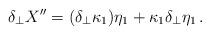
LaTeX: \begin{align*}\delta_\perp X'' = (\delta_\perp \kappa_1 ) \eta_1 + \kappa_1 \delta_\perp \eta_1\,.\end{align*}